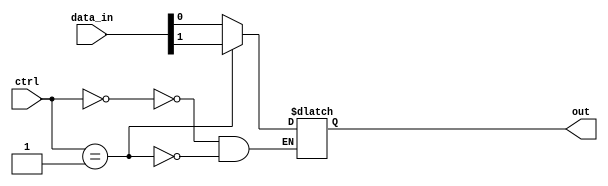
module mux_1024to1 (
    input [1023:0] data_in,
    input [9:0] ctrl,
    output reg out
);

always @(*) begin
    case (ctrl)
        10'd0: out = data_in[0];
        10'd1: out = data_in[1];
        // add more cases for remaining input signals
        // up to 10'd1023: out = data_in[1023];
    endcase
end

endmodule